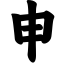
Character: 申